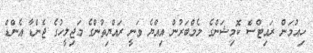
ހިއުމަން ރައިޓްސް ކޮމިޝަންގެ މެމްބަރުން އިއްޔެ ވަނީ ރައްޔިތުންގެ މަޖިލީހުގެ ޖެންޑާ އެންޑް